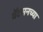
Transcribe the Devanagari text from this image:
वॅटसनच्या